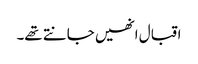
اقبال انھیں جانتے تھے۔